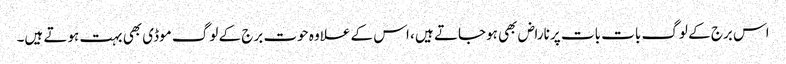
اس برج کے لوگ بات بات پر ناراض بھی ہوجاتے ہیں ، اس کے علاوہ حوت برج کے لوگ موڈی بھی بہت ہوتے ہیں۔